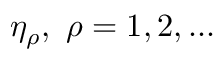
\eta _ { \rho } , \ \rho = 1 , 2 , . . .